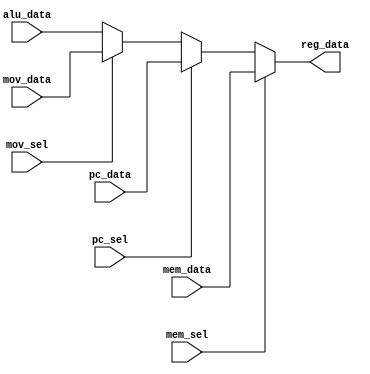
module reg_data_mux(
		input mem_sel,
		input pc_sel,
		input mov_sel,
		input [31:0] mem_data,
		input [31:0] pc_data,
		input [31:0] mov_data,
		input [31:0] alu_data,
		output [31:0] reg_data);
				
		assign reg_data = (mem_sel) ? mem_data :
				(pc_sel) ? pc_data : 
				(mov_sel) ? mov_data : alu_data;
		
endmodule